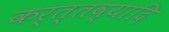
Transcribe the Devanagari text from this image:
कर्त्तव्यादि